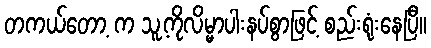
တကယ်တော့ က သူ့ကိုလိမ္မာပါးနပ်စွာဖြင့် စည်းရုံးနေပြီ။